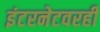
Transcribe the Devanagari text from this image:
इंटरनेटवरही